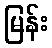
မြန်း